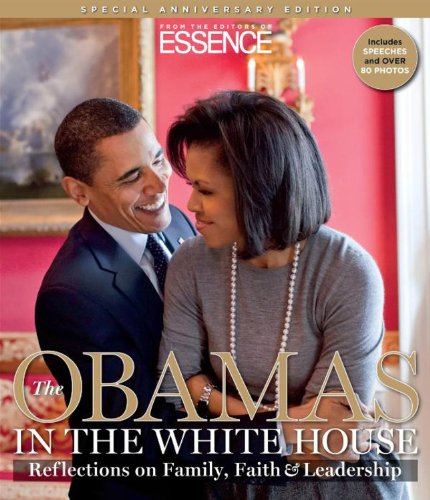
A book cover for The Obamas in the White House: Reflections on Family, Faith and Leadership; From the Editors of Essence magazine; Teen & Young Adult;